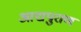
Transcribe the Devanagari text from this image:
आद्यपुराण